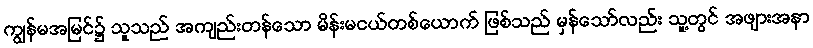
ကျွန်မအမြင်၌ သူသည် အကျည်းတန်သော မိန်းမငယ်တစ်ယောက် ဖြစ်သည် မှန်သော်လည်း သူ့တွင် အဖျားအနာ